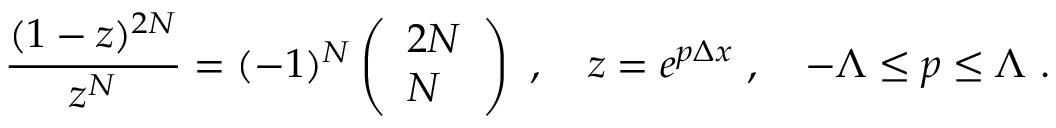
{ \frac { ( 1 - z ) ^ { 2 N } } { z ^ { N } } } = ( - 1 ) ^ { N } \left( \begin{array} { l } { { 2 N } } \\ { { N } } \end{array} \right) \ , \quad z = e ^ { p \Delta x } \ , \quad - \Lambda \le p \le \Lambda \ .